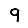
Digit: 9